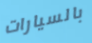
بالسيارات